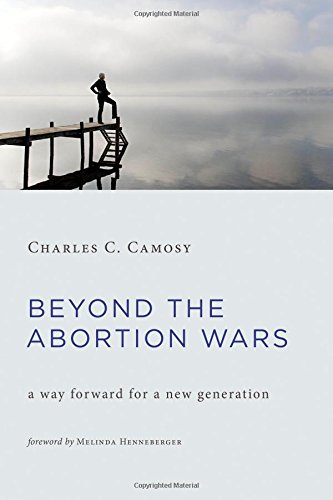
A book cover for Beyond the Abortion Wars: A Way Forward for a New Generation; Charles C. Camosy; Politics & Social Sciences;